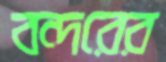
বন্দরের